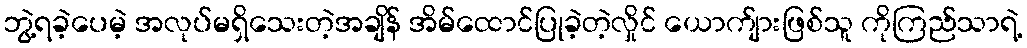
ဘွဲ့ရခဲ့ပေမဲ့ အလုပ်မရှိသေးတဲ့အချိန် အိမ်ထောင်ပြုခဲ့တဲ့လှိုင် ယောက်ျားဖြစ်သူ ကိုကြည်သာရဲ့